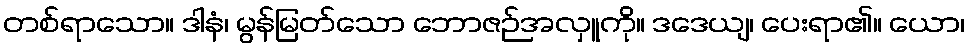
တစ်ရာသော။ ဒါနံ၊ မွန်မြတ်သော ဘောဇဉ်အလှူကို။ ဒဒေယျ၊ ပေးရာ၏။ ယော၊